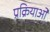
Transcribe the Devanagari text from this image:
प्रक्रियाओं